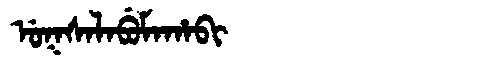
Manchu: ᡠᡴᠰᠠᠯᠠᠪᡠᠮᠠᡥᠠᠪᡳ
Romanization: UKSALABUMAHABI